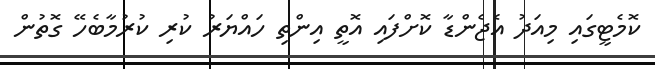
ކޮމެޓީގައި މިއަދު އެޖެންޑާ ކޮށްފައި އޮތީ އިންތި ހައްޔަރު ކުރި ކުރުމާބެހޭ ގޮތުން